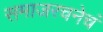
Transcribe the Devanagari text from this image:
समाजरचनेचं